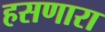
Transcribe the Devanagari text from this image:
हसणारा